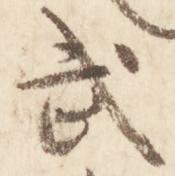
武